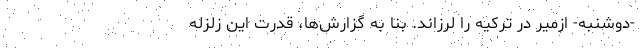
-‌دوشنبه- ازمیر در ترکیه را لرزاند. بنا به گزارش‌ها، قدرت این زلزله